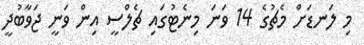
މި ލަނޑަށް މެޗުގެ 14 ވަނަ މިނެޓުގައި ޗެލްސީ އިން ވަނީ ޖަވާބުދީ